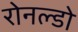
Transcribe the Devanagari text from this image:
रोनल्डो